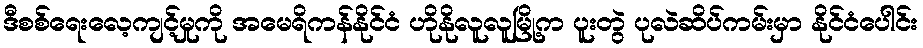
ဒီစစ်ရေးလေ့ကျင့်မှုကို အမေရိကန်နိုင်ငံ ဟိုနိုလူလူမြို့က ပူးတွဲ ပုလဲဆိပ်ကမ်းမှာ နိုင်ငံပေါင်း